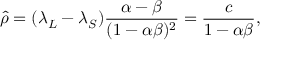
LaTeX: \hat { \rho } = ( \lambda _ { L } - \lambda _ { S } ) \frac { \alpha - \beta } { ( 1 - \alpha \beta ) ^ { 2 } } = \frac { c } { 1 - \alpha \beta } ,